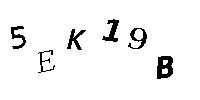
5EK19B